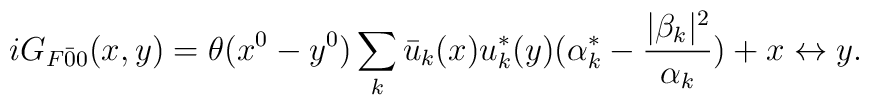
iG_{F\bar{0}{0}} (x,y) = \theta(x^0-y^0) \sum_k \bar{u}_k (x) u_k ^* (y) \bigl( \alpha_k ^* - \frac{ |\beta_k| ^2}{\alpha_k} \bigr) +x\leftrightarrow y.